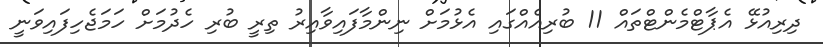
ދިރިއުޅޭ އެޕާޓްމެންޓްތައް 11 ބުރިއެއްގައި އެޅުމަށް ނިންމާފައިވާއިރު ތިރީ ބުރި ހެދުމަށް ހަމަޖެހިފައިވަނީ